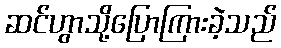
ဆင်ဟွာသို့ပြောကြားခဲ့သည်